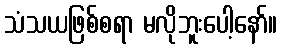
သံသယဖြစ်စရာ မလိုဘူးပေါ့နော်။